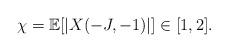
LaTeX: \begin{align*} \chi = \mathbb{E}[|X(-J,-1)|] \in [1,2].\end{align*}